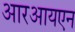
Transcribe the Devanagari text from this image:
आरआयएन